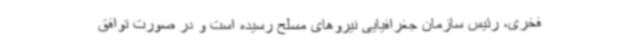
فخری، رئیس سازمان جغرافیایی نیروهای مسلح رسیده است و در صورت توافق